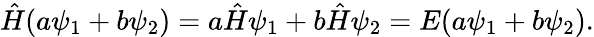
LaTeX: {\hat{H}}(a\psi_{1}+b\psi_{2})=a{\hat{H}}\psi_{1}+b{\hat{H}}\psi_{2}=E(a\psi_{1}+b\psi_{2}).